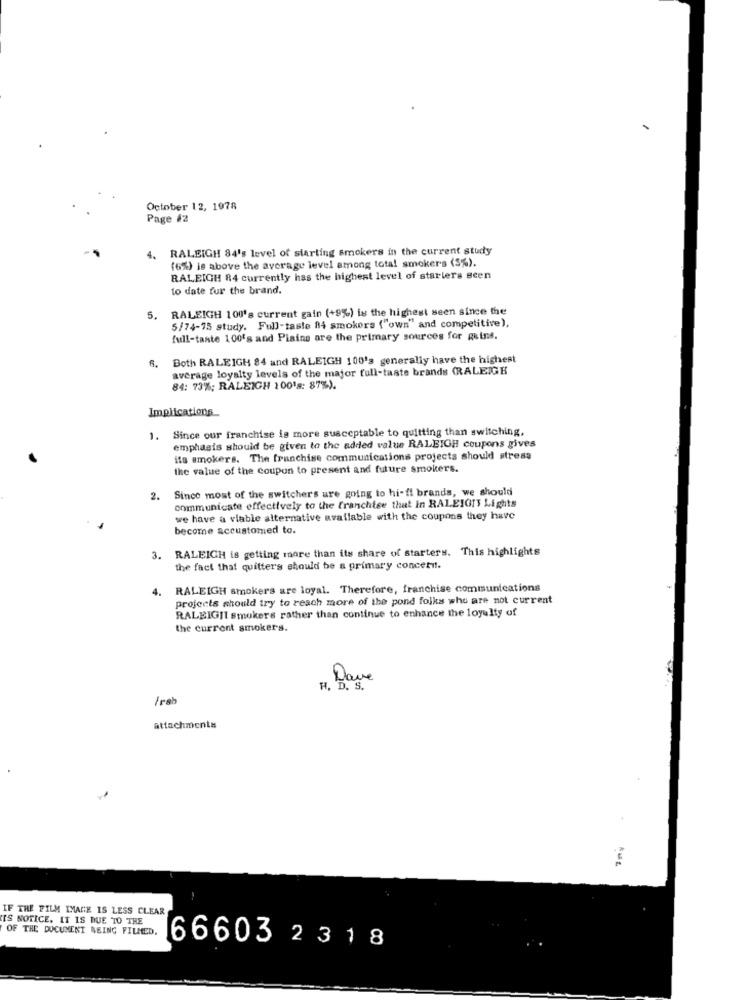
October 12, 1978
Page #2
RALEIGH 84's level of starting smokers in the current study
4.
(6%) is above the average level among total smokers (5%).
RALEIGH 84 currently has the highest level of starters scen
to date fur the brand.
RALEIGH 100's current gain (+9%) is the highest seen since the
5.
5/74-75 study. Full-taste 84 smokers ("own" and competitive),
full-taste 100's and Piains are the primary sources for R&ins.
6.
Both RALEIGH 84 and RALEIGH 100's generally have the highest
average loyalty levels of the major full-taste brands (RALEIGH
84: 73%; RALEIGH 100's: 87%).
Implications
Since our franchise is more susceptable to quitting than switching,
1.
emphasis should be given to the added value RALEIGH coupons gives
its smokers. The franchise communications projects should stress
the value of the coupon to present and future smokers.
Since most of the switchers are going to hi-fi brands, we should
2.
communicate effectively to the franchise that in RALEIGTY Lights
we have a viable alternative available with the coupons they have
become accustomed to.
3. RALEIGH is getting more than its share of starters. This highlights
the fact that quitter's should be a primary concert.
4.
RALEIGH smokers are loyal. Therefore, franchise communications
projects should try to reach more of the pond folks who are not current
RALEIGHI smokers rather than continue to enhance the loyalty of
the current smokers.
G
/rab
attachments
IF THE FILM IMAGE IS LESS CLEAR
IS NOTICE, IT IS DUE TO THE
OF THE DOCUMENT BEING FILMED.
66603 2 3 18